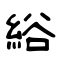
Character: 綌